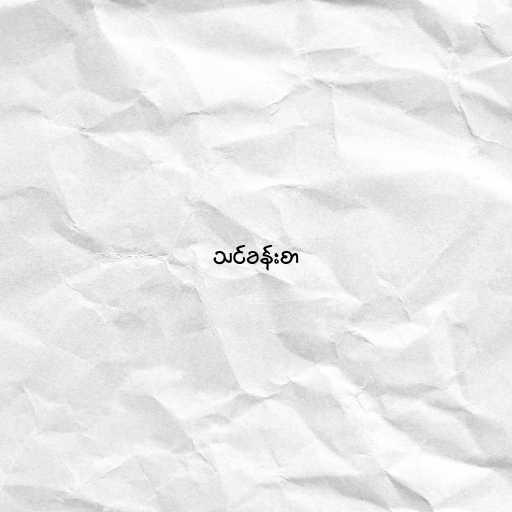
သင်ခန်းစာ